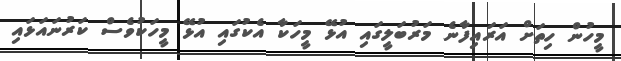
މީހުން ހިތަށް އަރައިފާނެ މަރުބަލީގައި އުޅޭ މީހަކާ އެކުގައި އުޅޭ މީހަކުވެސް ކަރުނައަޅައި